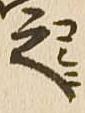
之